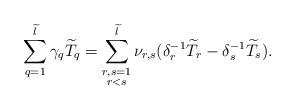
LaTeX: \begin{align*}\sum_{q = 1}^{\widetilde{l}} \gamma_q \widetilde{T}_q = \sum_{\substack{r, s = 1\\r < s}}^{\widetilde{l}}\nu_{r, s}(\delta_r^{-1}\widetilde{T}_r - \delta_s^{-1}\widetilde{T}_s).\end{align*}